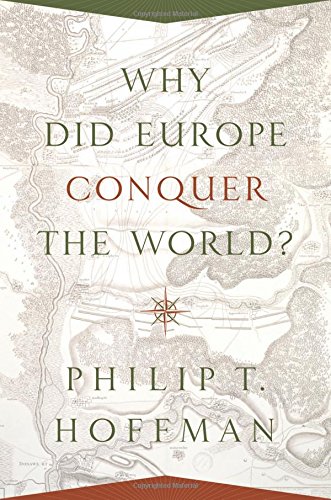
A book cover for Why Did Europe Conquer the World? (The Princeton Economic History of the Western World); Philip T. Hoffman; Business & Money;